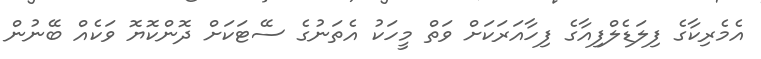
އެމެރިކާގެ ފިލަޑެލްފިއާގެ ފިހާއަރަކަށް ވަތް މީހަކު އެތަނުގެ ސޭޓަކަށް ދޮންކޮޔޮ ވަކެއް ބޭނުން